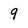
Character: 9